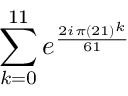
\sum _ { k = 0 } ^ { 1 1 } e ^ { \frac { 2 i \pi ( 2 1 ) ^ { k } } { 6 1 } }